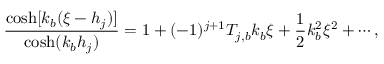
\frac { \cosh [ k _ { b } ( \xi - h _ { j } ) ] } { \cosh ( k _ { b } h _ { j } ) } = 1 + ( - 1 ) ^ { j + 1 } T _ { j , b } k _ { b } \xi + \frac { 1 } { 2 } k _ { b } ^ { 2 } \xi ^ { 2 } + \cdots ,